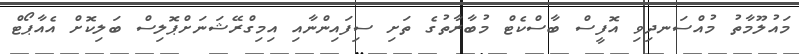
މައުލޫމާތު މުއްސަނދިވި އޮފީސް ބާސްކެޓް މުބާރާތުގެ ތަށި ސިފައިންނާއި އިމިގްރޭޝަނަށްޕޮލިސް ބަލިކޮށް އެއާޕޯޓް